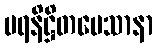
ပရနိဋ္ဌိတမေသာနာ